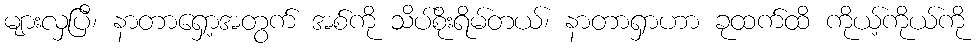
များလှပြီ၊ နာတာရှော့အတွက် အစ်ကို သိပ်စိုးရိမ်တယ်၊ နာတာရှာဟာ ခုထက်ထိ ကိုယ့်ကိုယ်ကို